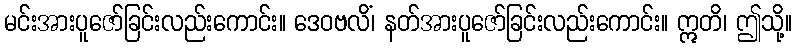
မင်းအားပူဇော်ခြင်းလည်းကောင်း။ ဒေဝဗလိံ၊ နတ်အားပူဇော်ခြင်းလည်းကောင်း။ ဣတိ၊ ဤသို့။